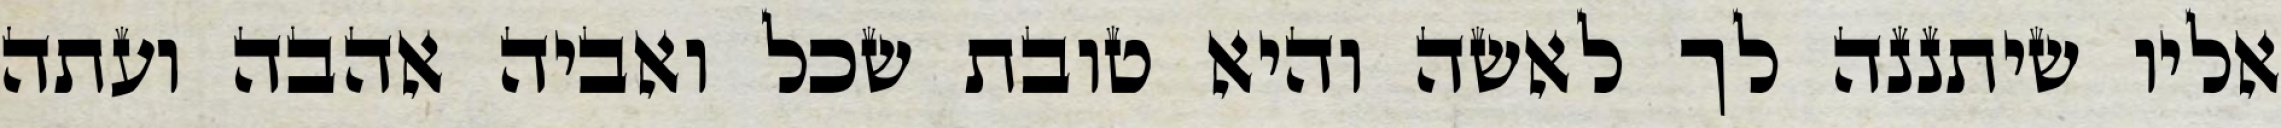
אליו שיתננה לך לאשה והיא טובת שכל ואביה אהבה ועתה